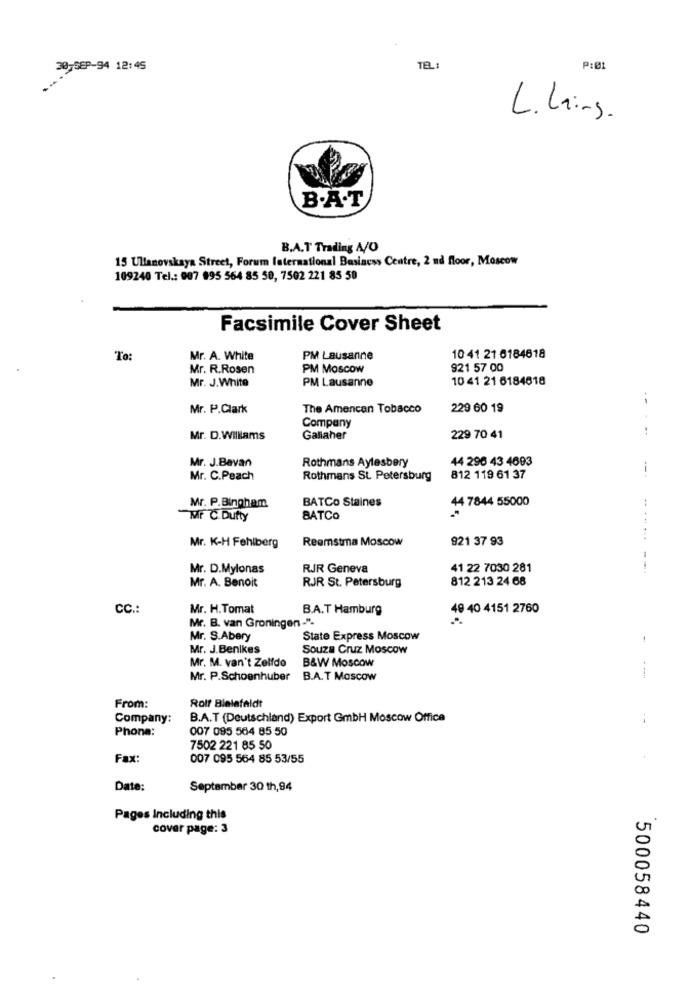
30-SEP-94 12:45
TEL:
P:01
L. Laing.
B.A.T
B.A.T' Trading A/O
15 Ulianovskaya Street, Forum International Business Centre, 2 nd floor, Moscow
109240 Tel .: 007 895 564 85 50, 7502 221 85 50
Facsimile Cover Sheet
To:
Mr. A. White
PM Lausanne
10 41 21 6184618
Mr. R.Rosen
PM Moscow
921 57 00
Mr. J.White
PM Lausanne
10 41 21 6184618
Mr. P.Clark
The Amencan Tobacco
229 60 19
Company
Mr. D.Williams
Gallaher
229 70 41
Mr. J.Bavan
Rothmans Aylesbery
44 296 43 4693
---
Mr. C.Peach
Rothmans St. Petersburg
812 119 61 37
BATCo Staines
44 7844 55000
Mr. P.Bingham
Mr C.Dufty
BATCO
Mr. K-H Fehlberg
Reemstma Moscow
921 37 93
Mr. D.Mylonas
RJR Geneva
41 22 7030 281
Mr. A. Benoit
RJR St. Petersburg
812 213 24 68
CC .:
Mr. H.Tomat
B.A.T Hamburg
49 40 4151 2760
Mr. B. van Groningen -".
Mr. S.Abery
State Express Moscow
Mr. J.Benikes
Souza Cruz Moscow
Mr. M. van't Zelfdo
B&W Moscow
Mr. P.Schoenhuber
B.A.T Moscow
From:
Rolf Blelafaldt
Company:
B.A.T (Deutschland) Export GmbH Moscow Office
Phone:
007 085 564 85 50
7502 221 85 50
Fax:
007 095 564 85 53/55
Date:
September 30 th,94
Pages Including this
cover page: 3
500058440